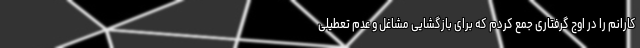
کارانم را در اوج گرفتاری جمع کردم که برای بازگشایی مشاغل و عدم تعطیلی